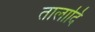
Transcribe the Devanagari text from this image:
तालादि